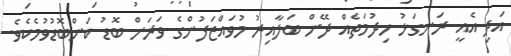
އަދި އެއީ ރަނގަޅު ހިދުމަތެއް ދޭން ބަލާއިރު މުވައްޒަފުންގެ ވަރަށް ބޮޑު ކަންބޮޑުވުމެކެވެ.